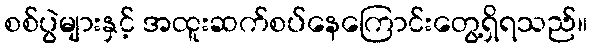
စစ်ပွဲများနှင့် အထူးဆက်စပ်နေကြောင်းတွေ့ရှိရသည်။